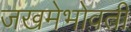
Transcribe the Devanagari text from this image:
जखमेभोवती